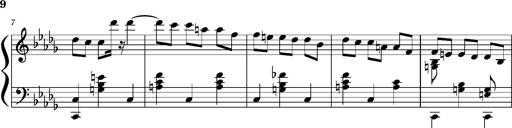
Title: Concerto sans orchestre, S.524a
Composer: Franz Liszt
Key: A major